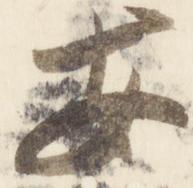
安